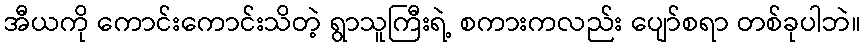
အီယကို ကောင်းကောင်းသိတဲ့ ရွာသူကြီးရဲ့ စကားကလည်း ပျော်စရာ တစ်ခုပါဘဲ။